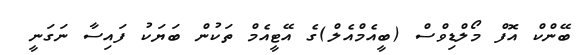
ބޭންކް އޮފް މޯލްޑިވްސް (ބީއެމްއެލް)ގެ އޭޓީއެމް ތަކުން ބަޔަކު ފައިސާ ނަގަނީ